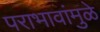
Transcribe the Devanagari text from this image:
पराभावांमुळे